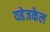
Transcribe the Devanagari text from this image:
यहेजकेल